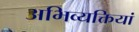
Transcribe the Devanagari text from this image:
अभिव्‍यक्तियां